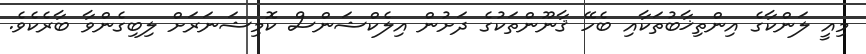
މިއީ ލަންކާގެ އިންތިޚާބުތަކާއި ބެހޭ ޤާނޫންތަކުގެ ދަށުން އިލެކްޝަންސް ކޮމިޝަނަރަށް ލިބިގެންވާ ބާރެކެވެ.